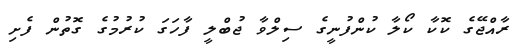
ރާއްޖޭގެ ކޮކާ ކޯލާ ކުންފުނީގެ ސިލްވާ ޖުބްލީ ފާހަގަ ކުރުމުގެ ގޮތުން ފެށި